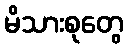
မိသားစုတွေ